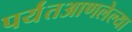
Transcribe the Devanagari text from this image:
पर्यंतआणलेल्या